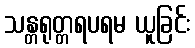
သန္တရုတ္တရပရမ ယူခြင်း